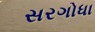
સરગોધા